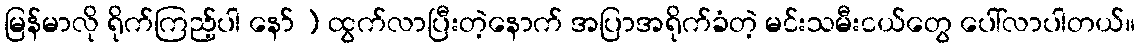
မြန်မာလို ရိုက်ကြည့်ပါ နော် ) ထွက်လာပြီးတဲ့နောက် အပြာအရိုက်ခံတဲ့ မင်းသမီးငယ်တွေ ပေါ်လာပါတယ်။